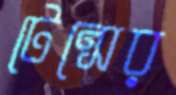
টেন্সের